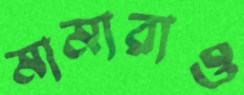
মামারাও